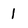
Character: l